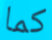
كما